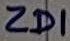
Text: ZD1